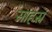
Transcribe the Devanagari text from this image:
साहस्रं